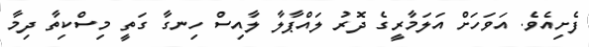
ފެށިއެވެ. އަވަހަށް އަލަމާރީގެ ދޮރު ލައްޕާލާ ލާއިސް ހިނގާ ގަތީ މިސްކިތާ ދިމާ